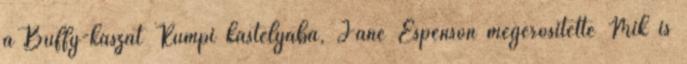
a Buffy-kaszát Rumpi kastélyába, Jane Espenson megerősítette Mik is